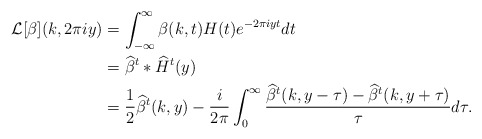
\begin{align*}\mathcal{L}[\beta](k, 2\pi i y) &= \int_{-\infty}^{\infty} \beta(k,t)H(t) e^{-2\pi i y t}dt\\&=\widehat{\beta}^t \ast \widehat{H}^t (y)\\&=\frac{1}{2}\widehat{\beta}^t(k,y) - \frac{i}{2\pi}\int_{0}^{\infty}\frac{\widehat{\beta}^t(k,y-\tau)-\widehat{\beta}^t(k,y+\tau)}{\tau}d\tau.\end{align*}